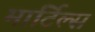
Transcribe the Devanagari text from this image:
मार्टिल्स